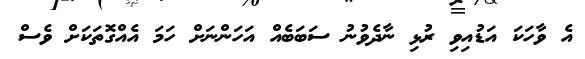
އެ ވާހަކަ އަޑުއިވި ރުޅި ނާދެވުނު ސަބަބެއް އަހަންނަށް ހަމަ އެއްގޮތަކަށް ވެސް